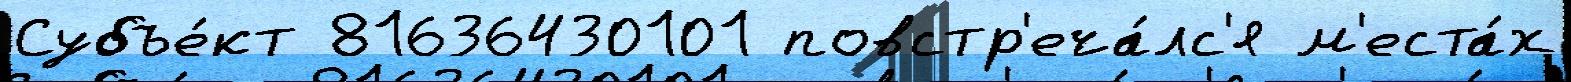
Субъе́кт 81636430101 повстр'еча́лс'я м'еста́х